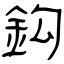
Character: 鈎